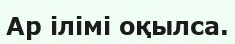
Ар ілімі оқылса.